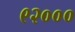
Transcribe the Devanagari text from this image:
९२०००